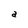
Character: a